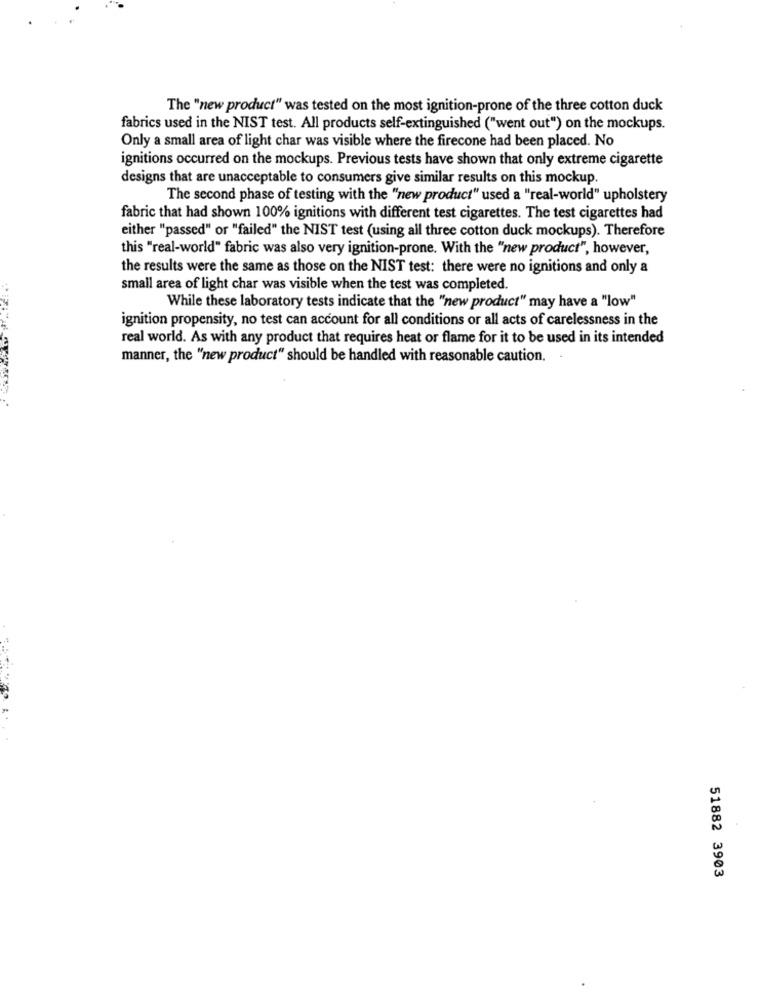
The "new product" was tested on the most ignition-prone of the three cotton duck
fabrics used in the NIST test. All products self-extinguished ("went out") on the mockups.
Only a small area of light char was visible where the firecone had been placed. No
ignitions occurred on the mockups. Previous tests have shown that only extreme cigarette
designs that are unacceptable to consumers give similar results on this mockup.
The second phase of testing with the "new product" used a "real-world" upholstery
fabric that had shown 100% ignitions with different test cigarettes. The test cigarettes had
either "passed" or "failed" the NIST test (using all three cotton duck mockups). Therefore
this "real-world" fabric was also very ignition-prone. With the "new product", however,
the results were the same as those on the NIST test: there were no ignitions and only a
small area of light char was visible when the test was completed.
While these laboratory tests indicate that the "new product" may have a "low"
ignition propensity, no test can account for all conditions or all acts of carelessness in the
real world. As with any product that requires heat or flame for it to be used in its intended
manner, the "new product" should be handled with reasonable caution ..
51882 3903